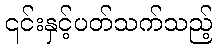
၎င်းနှင့်ပတ်သက်သည့်